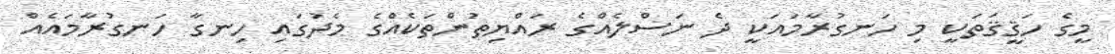
މީގެ ހަޤީޤަތަކީ މި ހަނގުރާމައަކީ ދެ ނަސްލެއްގެ ރައްޔިތުންތަކެއްގެ މެދުގައި ހިނގާ ހަނގުރާމައެއް